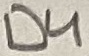
Text: D4